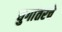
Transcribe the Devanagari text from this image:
युगांतरचे